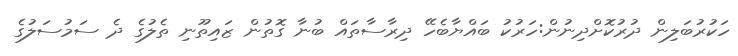
ހަކުރުބަލިން ދުރުކޮށްދިނުން:ހަރުކު ބައްޔާބެހޭ ދިރާސާތައް ބުނާ ގޮތުން ޒައިތޫނި ތެލުގެ ދެ ސަމުސަލުގެ